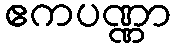
ဧကပဏ္ဏာ